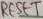
Text: RESET